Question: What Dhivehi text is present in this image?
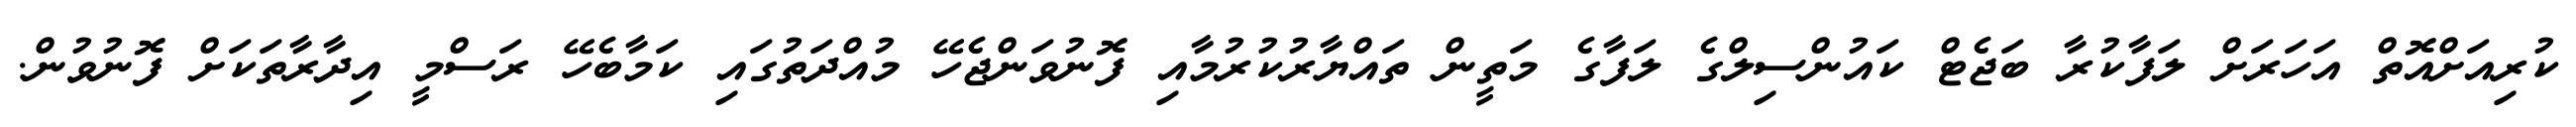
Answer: ކުރިއަށްއޮތް އަހަރަށް ލަފާކުރާ ބަޖެޓް ކައުންސިލްގެ ލަފާގެ މަތީން ތައްޔާރުކުރުމާއި ފޮނުވަންޖެހޭ މުއްދަތުގައި ކަމާބެހޭ ރަސްމީ އިދާރާތަކަށް ފޮނުވުން.